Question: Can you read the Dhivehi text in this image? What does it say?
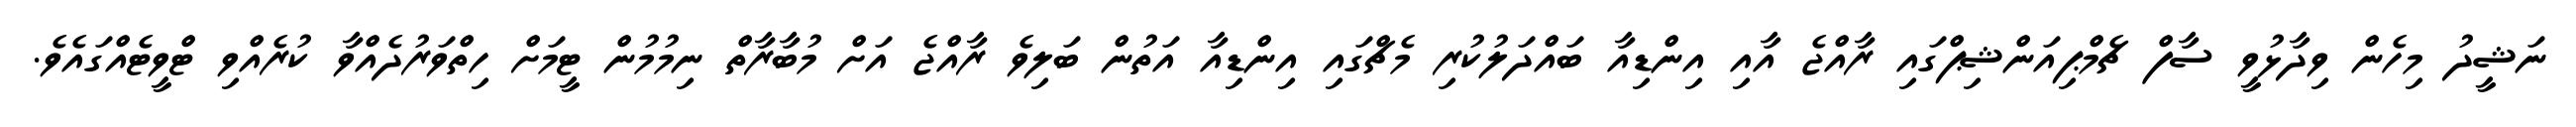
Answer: ނަޝީދު މިހެން ވިދާޅުވީ ސާފް ޗެމްޕިއަންޝިޕްގައި ރާއްޖެ އާއި އިންޑިއާ ބައްދަލުކުރި މެޗްގައި އިންޑިއާ އަތުން ބަލިވެ ރާއްޖެ އަށް މުބާރާތް ނިމުމުން ޓީމަށް ހިތްވަރުދެއްވާ ކުރެއްވި ޓްވީޓެއްގައެވެ.